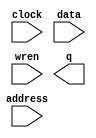
module ram02 (
	address,
	clock,
	data,
	wren,
	q);

	input	[11:0]  address;
	input	  clock;
	input	[15:0]  data;
	input	  wren;
	output	[15:0]  q;
`ifndef ALTERA_RESERVED_QIS
// synopsys translate_off
`endif
	tri1	  clock;
`ifndef ALTERA_RESERVED_QIS
// synopsys translate_on
`endif

endmodule